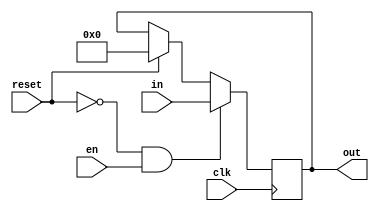
module pipereg # (parameter W = 32) 
    (input clk, reset, en, input [W-1:0] in, output [W-1:0] out);

    reg [W-1:0] storage /*verilator public*/;

    assign out = storage;

    always @ (posedge clk) begin
        if (!reset && en) begin 
            storage <= in;
        end
        else begin
            if(reset) begin
                storage <= 0;
            end
        end
    end
endmodule